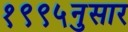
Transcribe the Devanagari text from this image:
१९९५नुसार